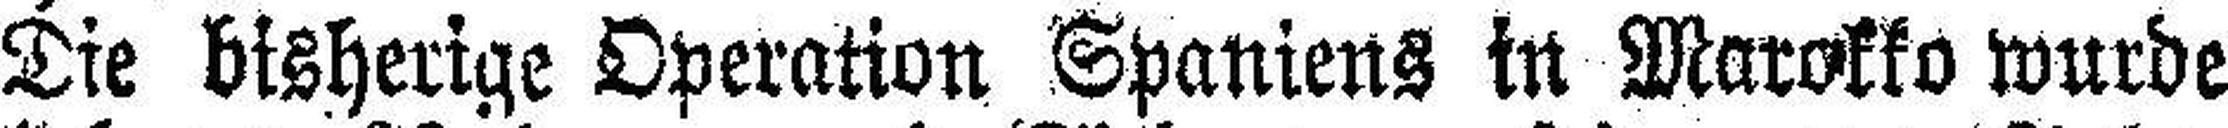
Die bisherige Operation Spaniens in Marokko wurde